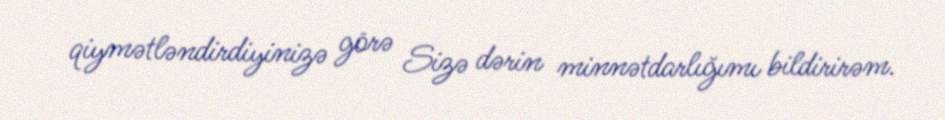
qiymətləndirdiyinizə görə Sizə dərin minnətdarlığımı bildirirəm.